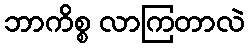
ဘာကိစ္စ လာကြတာလဲ